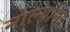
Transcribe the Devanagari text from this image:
नाल्यांना